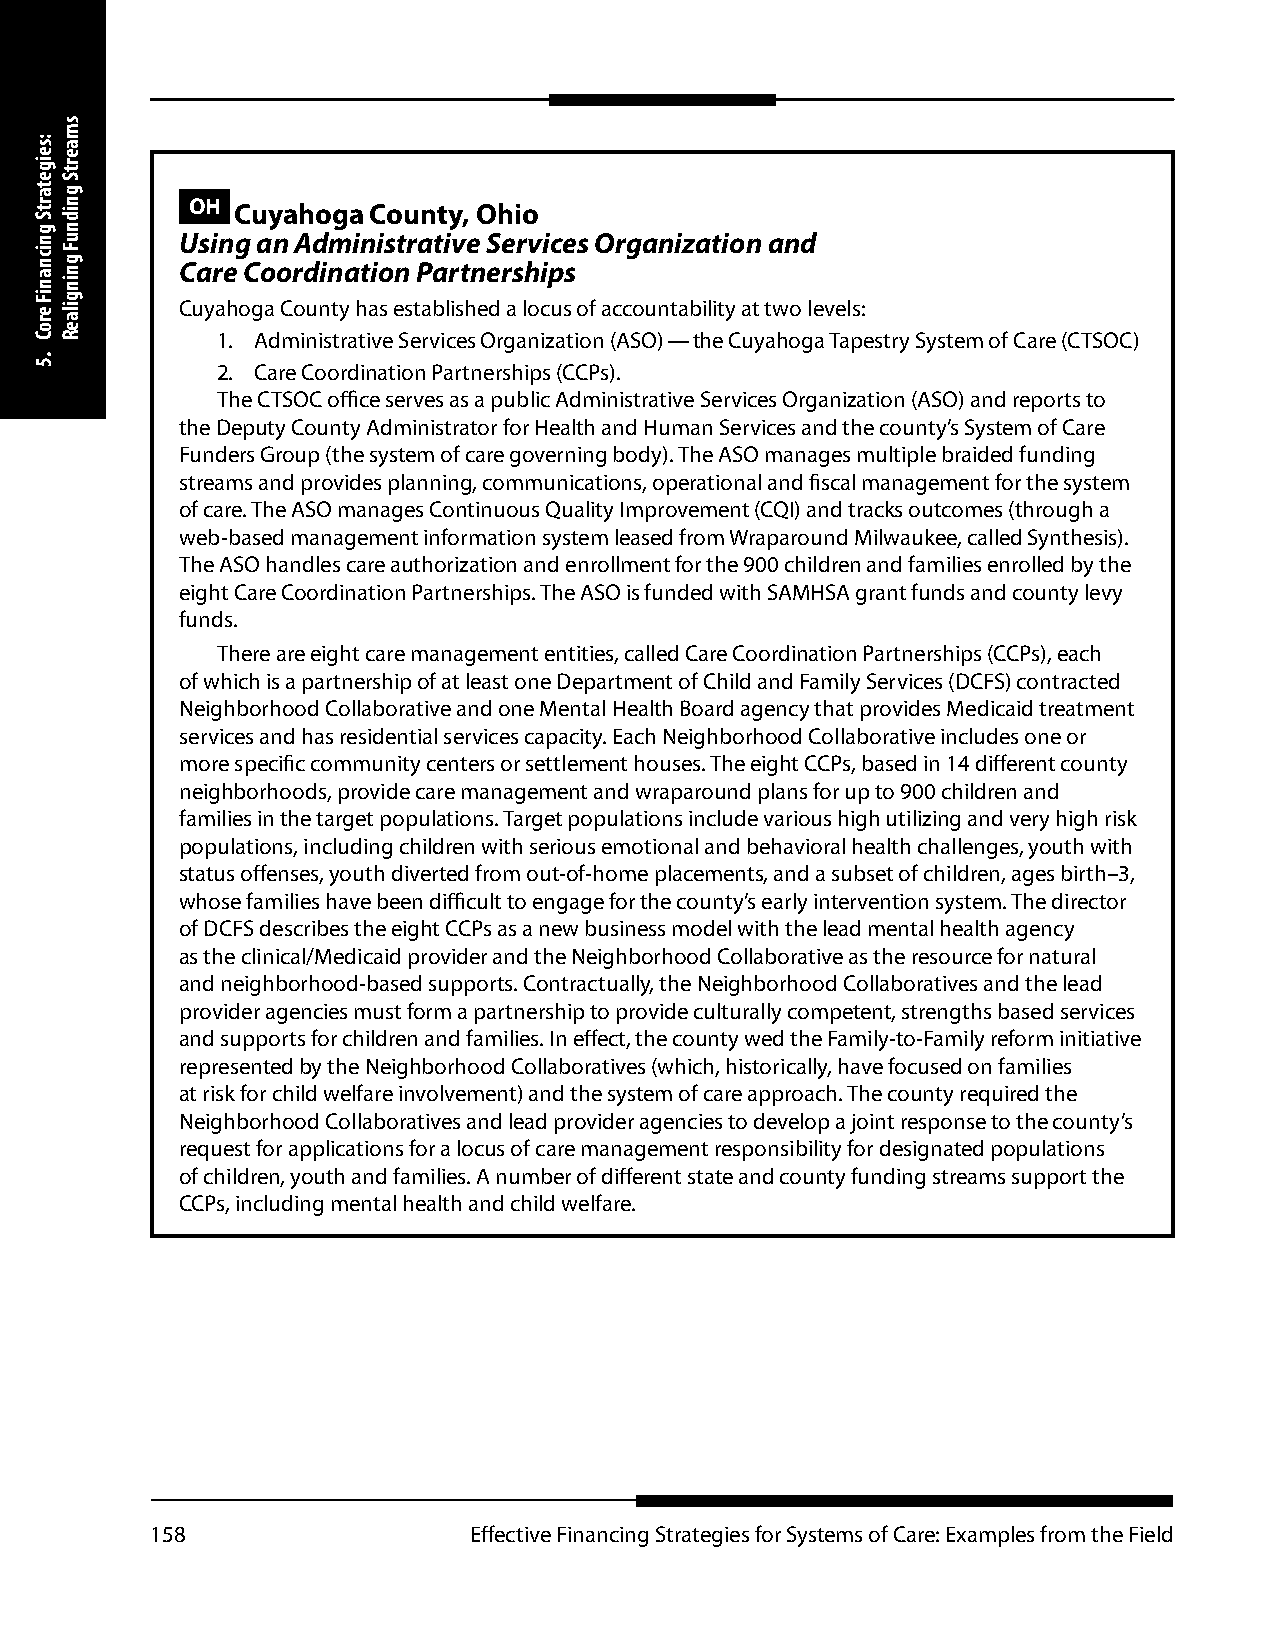
OH Cuyahoga  County, Ohio
 Using an Administrative Services Organization and
 Care Coordination Partnerships
 Cuyahoga County has established a locus of accountability at two levels:
 1. Administrative Services Organization (ASO) — the Cuyahoga Tapestry System of Care (CTSOC)
 2. Care Coordination Partnerships (CCPs).
 The CTSOC office serves as a public Administrative Services Organization (ASO) and reports to
 the Deputy County Administrator for Health and Human Services and the county’s System of Care
 Funders Group (the system of care governing body). The ASO manages multiple braided funding
 streams and provides planning, communications, operational and fiscal management for the system
 of care. The ASO manages Continuous Quality Improvement (CQI) and tracks outcomes (through a
 web-based management information system leased from Wraparound Milwaukee, called Synthesis).
 The ASO handles care authorization and enrollment for the 900 children and families enrolled by the
 eight Care Coordination Partnerships. The ASO is funded with SAMHSA grant funds and county levy
 funds.
 There are eight care management entities, called Care Coordination Partnerships (CCPs), each
 of which is a partnership of at least one Department of Child and Family Services (DCFS) contracted
 Neighborhood Collaborative and one Mental Health Board agency that provides Medicaid treatment
 services and has residential services capacity. Each Neighborhood Collaborative includes one or
 more specific community centers or settlement houses. The eight CCPs, based in 14 different county
 neighborhoods, provide care management and wraparound plans for up to 900 children and
 families in the target populations. Target populations include various high utilizing and very high risk
 populations, including children with serious emotional and behavioral health challenges, youth with
 status offenses, youth diverted from out-of-home placements, and a subset of children, ages birth–3,
 whose families have been difficult to engage for the county’s early intervention system. The director
 of DCFS describes the eight CCPs as a new business model with the lead mental health agency
 as the clinical/Medicaid provider and the Neighborhood Collaborative as the resource for natural
 and neighborhood-based supports. Contractually, the Neighborhood Collaboratives and the lead
 provider agencies must form a partnership to provide culturally competent, strengths based services
 and supports for children and families. In effect, the county wed the Family-to-Family reform initiative
 represented by the Neighborhood Collaboratives (which, historically, have focused on families
 at risk for child welfare involvement) and the system of care approach. The county required the
 Neighborhood Collaboratives and lead provider agencies to develop a joint response to the county’s
 request for applications for a locus of care management responsibility for designated populations
 of children, youth and families. A number of different state and county funding streams support the
 CCPs, including mental health and child welfare.
 158                  Effective Financing Strategies for Systems of Care: Examples from the Field
 :seigetartS
 gnicnaniF
 eroC
 .5
 smaertS
 gnidnuF
 gningilaeR